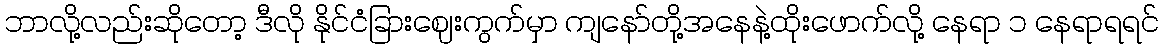
ဘာလို့လည်းဆိုတော့ ဒီလို နိုင်ငံခြားဈေးကွက်မှာ ကျနော်တို့အနေနဲ့ထိုးဖောက်လို့ နေရာ ၁ နေရာရရင်